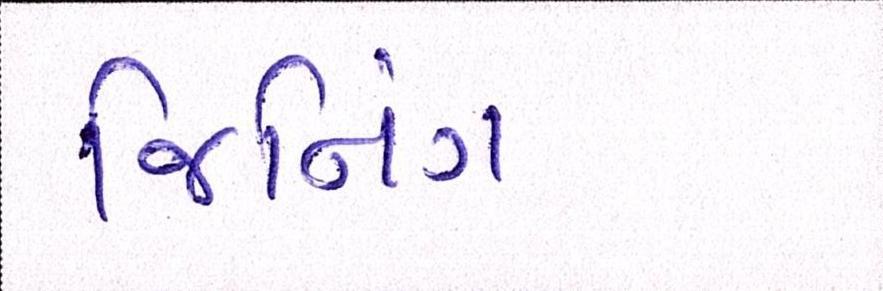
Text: જિનિંગ